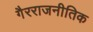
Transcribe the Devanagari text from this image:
गैरराजनीतिक